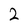
Character: 2